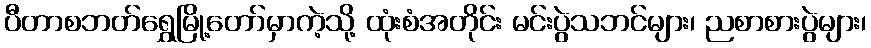
ပီတာစဘတ်ရွှေမြို့တော်မှာကဲ့သို့ ထုံးစံအတိုင်း မင်းပွဲသဘင်များ၊ ညစာစားပွဲများ၊